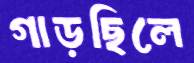
গাড়ছিলে